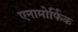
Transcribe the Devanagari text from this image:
एनामोर्फिक